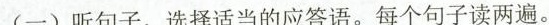
(一)听句子,选择适当的应答语.每个句子读两遍